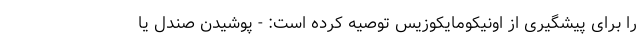
را برای پیشگیری از اونیکومایکوزیس توصیه کرده است: - پوشیدن صندل یا